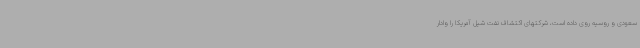
سعودی و روسیه روی داده است، شرکتهای اکتشاف نفت شیل آمریکا را وادار